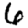
Digit: 6